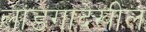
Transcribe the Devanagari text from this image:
लांडगादेखील